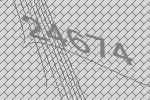
24674